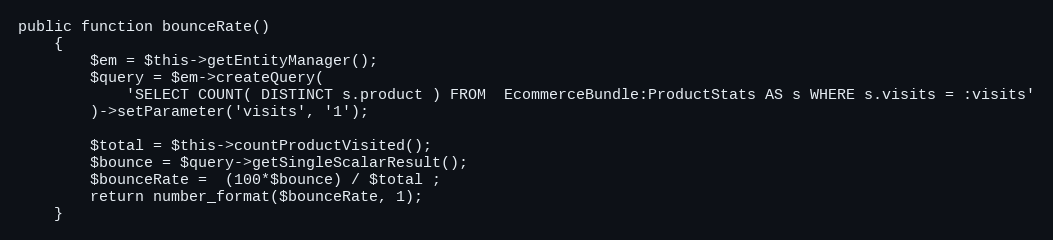
Language: PHP
public function bounceRate()
    {
        $em = $this->getEntityManager();
        $query = $em->createQuery(
            'SELECT COUNT( DISTINCT s.product ) FROM  EcommerceBundle:ProductStats AS s WHERE s.visits = :visits'
        )->setParameter('visits', '1');

        $total = $this->countProductVisited();
        $bounce = $query->getSingleScalarResult();
        $bounceRate =  (100*$bounce) / $total ;
        return number_format($bounceRate, 1);
    }